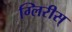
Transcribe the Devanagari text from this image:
ग्लिरीस्